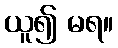
ယူ၍ မရ။